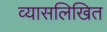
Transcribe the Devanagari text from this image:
व्यासलिखित